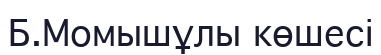
Б.Момышұлы көшесі